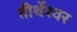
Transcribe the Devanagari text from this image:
तीर्थेश्वर